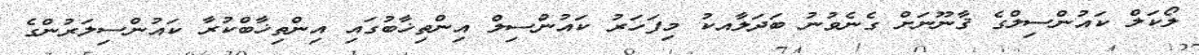
ލޯކަލް ކައުންސިލްގެ ޤާނޫނަށް ގެނެވުނު ބަދަލާއކު މިފަހަރު ކައުންސިލް އިންތިޚާބުގައި އިންތިޚާބްކުރާ ކައުންސިލަރުންގެ